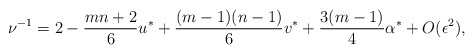
\begin{align*}\nu^{-1} = 2 -{m n+2 \over 6}u^\ast+ {(m-1)(n-1) \over 6}v^\ast+{3(m-1) \over 4}\alpha^\ast + O(\epsilon^2),\end{align*}